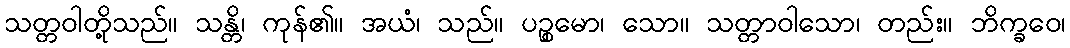
သတ္တဝါတို့သည်။ သန္တိ၊ ကုန်၏။ အယံ၊ သည်။ ပဉ္စမော၊ သော။ သတ္တာဝါသော၊ တည်း။ ဘိက္ခဝေ၊